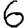
Digit: 6